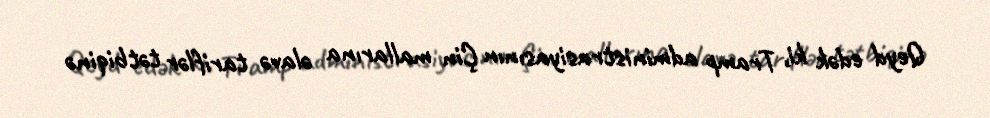
Qeyd edək ki, Tramp administrasiyasının Çin mallarına əlavə tariflər tətbiqinə